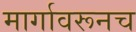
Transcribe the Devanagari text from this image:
मार्गावरूनच